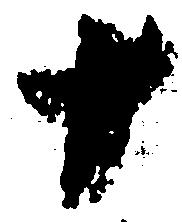
十